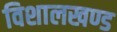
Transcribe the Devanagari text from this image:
विशालखण्ड